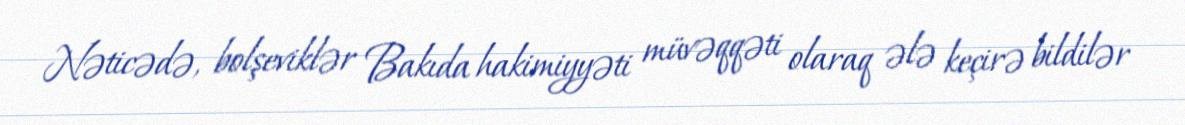
Nəticədə, bolşeviklər Bakıda hakimiyyəti müvəqqəti olaraq ələ keçirə bildilər